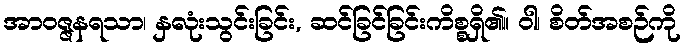
အာဝဇ္ဇနရသာ၊ နှလုံးသွင်းခြင်း, ဆင်ခြင်ခြင်းကိစ္စရှိ၏။ ဝါ၊ စိတ်အစဉ်ကို